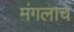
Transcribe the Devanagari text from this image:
मंगलाचे